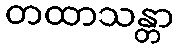
တထာသန္တာ